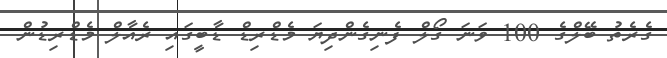
ގެރެތު ބޭލްގެ 100 ވަނަ ގޯލް ފެނިގެންދިޔަ މެޑްރިޑް ޑާބީގައި ރެއާލް މެޑްރިޑުން